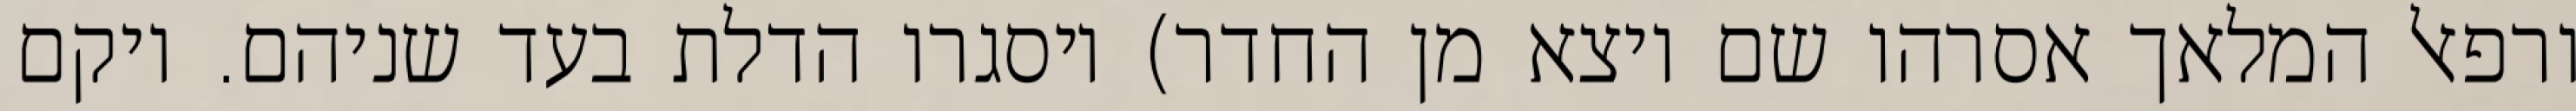
ורפאל המלאך אסרהו שם ויצא מן החדר) ויסגרו הדלת בעד שניהם. ויקם